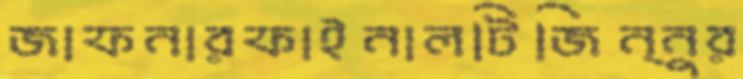
জাফনারফাইনালটিজিন্নুর